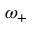
\omega _ { + }